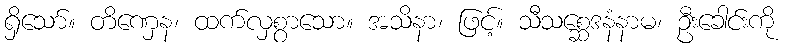
ရှိသော်။ တိဏှေန၊ ထက်လှစွာသော။ အသိနာ၊ ဖြင့်။ သီသစ္ဆေဒနံနာမ၊ ဦးခေါင်းကို